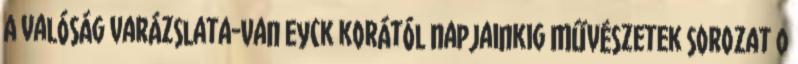
A valóság varázslata-Van Eyck korától napjainkig Művészetek sorozat 0